Bombay plague: being a history of the progress of plague in the Bombay presidency from September 1896 to June 1899
Year: 1896
Disease focus: Plague
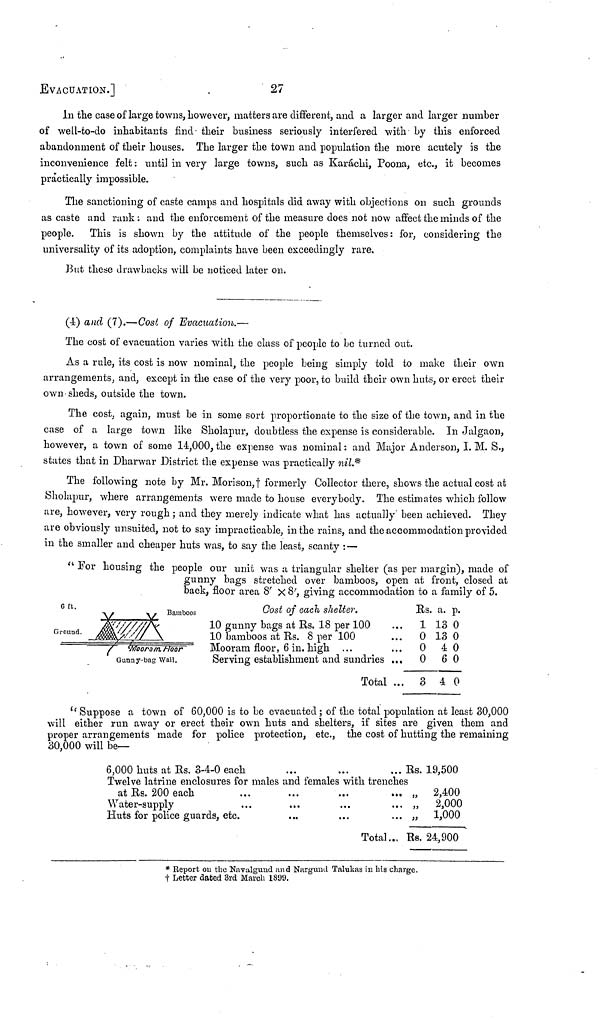
EVACUATION.]
27
In the case of large towns, however, matters are different, and a larger and larger number
of well-to-do inhabitants find their business seriously interfered with by this enforced
abandonment of their houses. The larger the town and population the more acutely is the
inconvenience felt : until in very large towns, such as Karachi, Poona, etc., it becomes
practically impossible.
The sanctioning of caste camps and hospitals did away with objections on such grounds
as caste and rank : and the enforcement of the measure does not now affect the minds of the
people. This is shown by the attitude of the people themselves: for, considering the
universality of its adoption, complaints have been exceedingly rare.
But these drawbacks will be noticed later on.
(4) and (7).—Cost of Evacuation.—
The cost of evacuation varies with the class of people to be turned out.
As a rule, its cost is now nominal, the people being simply told to make their own
arrangements, and, except in the case of the very poor, to build their own huts, or erect their
own sheds, outside the town.
The cost, again, must be in some sort proportionate to the size of the town, and in the
case of a large town like Sholapur, doubtless the expense is considerable. In Jalgaon,
however, a town of some 14,000, the expense was nominal : and Major Anderson, I. M. S.,
states that in Dharwar District the expense was practically nil.*
The following note by Mr. Morison, † formerly Collector there, shows the actual cost at
Sholapur, where arrangements were made to house everybody. The estimates which follow
are, however, very rough ; and they merely indicate what has actually been achieved. They
are obviously unsuited, not to say impracticable, in the rains, and the accommodation provided
in the smaller and cheaper huts was, to say the least, scanty : —
" For housing the people our unit was a triangular shelter (as per margin), made of
gunny bags stretched over bamboos, open at front, closed at
back, floor area 8' X 8', giving accommodation to a family of 5.
Cost of each shelter.
Rs.
a. p.
10 gunny bags at Es, 18 per 100
...
1 13 0
10 bamboos at Rs. 8 per 100
...
0 13 0
Mooram floor, 6 in. high ...
...
0
40
Serving establishment and sundries ...
0
60
Total ...
340
" Suppose a town of 60,000 is to be evacuated ; of the total population at least 30,000
will either run away or erect their own huts and shelters, if sites are given them and
proper arrangements made for police protection, etc., the cost of hutting the remaining
30,000 will be—
6,000 huts at Rs. 3-4-0 each
...
...
... Es. 19,500
Twelve latrine enclosures for males and females with trenches
at Rs. 200 each
...
...
...
... „ 2,400
Water-supply
...
...
...
... „
2,000
Huts for police guards, etc.
...
...
... „
1,000
Total ... Rs. 24,900
* Report ou the Navalgund and Nargund Talukas in his charge.
† Letter dated 3rd March 1899.